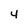
Character: 4